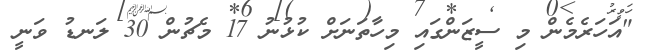
"އަހަރެމެން މި ސީޒަންގައި މިހާތަނަށް ކުޅުނު 17 މެޗުން 30 ލަނޑު ވަނީ